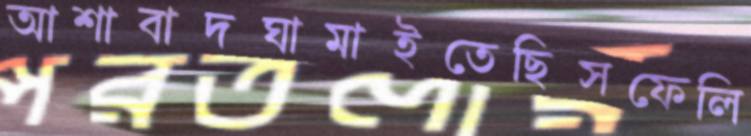
আশাবাদঘামাইতেছিসফেলি